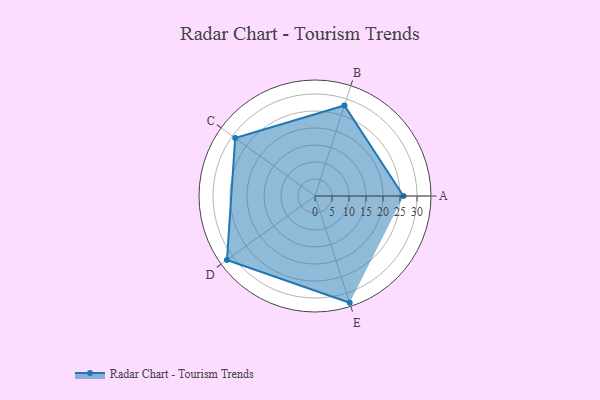
{"axis": {"x": "Skill", "y": "Score"}, "legend": ["Profile"], "data": [{"x": "A", "y": 26.0, "type": "Profile"}, {"x": "B", "y": 28.0, "type": "Profile"}, {"x": "C", "y": 29.0, "type": "Profile"}, {"x": "D", "y": 32.0, "type": "Profile"}, {"x": "E", "y": 33.0, "type": "Profile"}]}